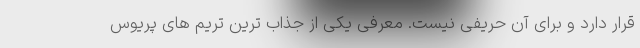
قرار دارد و برای آن حریفی نیست. معرفی یکی از جذاب ترین تریم های پریوس